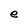
Character: e